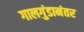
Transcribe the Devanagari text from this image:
गालगुंडानंतर